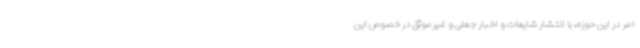
امر در این حوزه، با انتشار شایعات و اخبار جعلی و غیرموثق در خصوص این